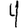
Digit: 4